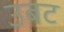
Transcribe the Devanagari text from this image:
उबट